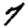
Digit: 7